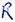
Text: R